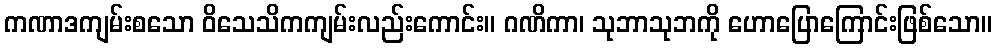
ကဏာဒကျမ်းစသော ဝိသေသိကကျမ်းလည်းကောင်း။ ဂဏိကာ၊ သုဘာသုဘကို ဟောပြောကြောင်းဖြစ်သော။